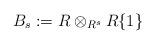
LaTeX: \begin{align*} B_s := R \otimes_{R^s} R\{1\}\end{align*}